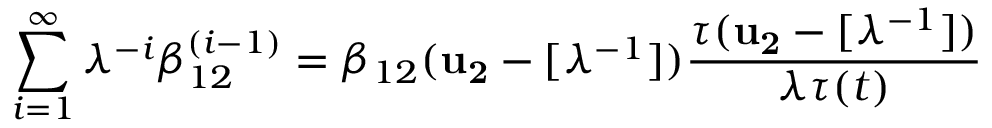
\sum _ { i = 1 } ^ { \infty } \lambda ^ { - i } \beta _ { 1 2 } ^ { ( i - 1 ) } = \beta _ { 1 2 } ( { \bf u _ { 2 } } - [ \lambda ^ { - 1 } ] ) \frac { \tau ( { \bf u _ { 2 } } - [ \lambda ^ { - 1 } ] ) } { \lambda \tau ( t ) }